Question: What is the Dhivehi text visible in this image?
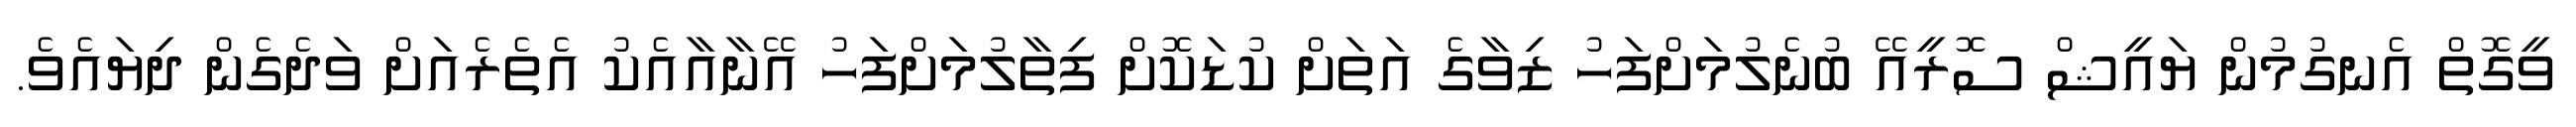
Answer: ވީގޮތް އެނގުމުން ޔައީޝް ސޮރީއޭ ބުނެލުމަށްފަހު ޒިވާގެ އަތަށް ކުޑަކޮށް ފިތާލުމަށްފަހު އޭނާއާއެކު އެތެރެއަށް ވަދެގެން ދިޔައެވެ.